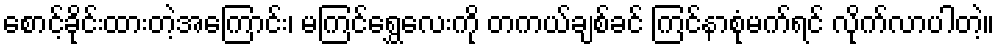
စောင့်ခိုင်းထားတဲ့အကြောင်း၊ မကြင်ရွှေလေးကို တကယ်ချစ်ခင် ကြင်နာစုံမက်ရင် လိုက်လာပါတဲ့။